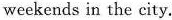
weekends in the city.